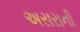
અસરાની